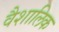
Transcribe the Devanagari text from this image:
वैशालिक